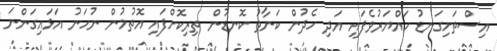
އިސްތަށިގަނޑު ހައްޔަރުވެފައި އަދި ހެދުން ކަނާތު ކޮނޑުން ތިރިކޮށްފައި އޮތުމުން ނުހަނު އަޅައިގަންނަ